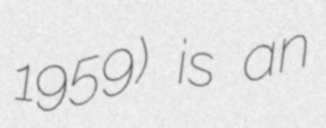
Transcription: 1959) is an